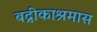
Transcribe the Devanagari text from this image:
बद्रीकाश्रमास